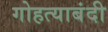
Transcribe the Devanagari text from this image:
गोहत्याबंदी